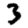
Digit: 3